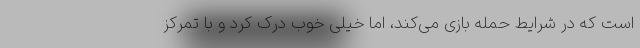
است که در شرایط حمله بازی می‌کند، اما خیلی خوب درک کرد و با تمرکز